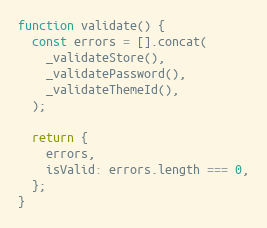
Language: JavaScript
function validate() {
  const errors = [].concat(
    _validateStore(),
    _validatePassword(),
    _validateThemeId(),
  );

  return {
    errors,
    isValid: errors.length === 0,
  };
}